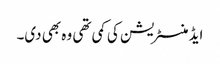
ایڈمنسٹریشن کی کمی تھی وہ بھی دی۔